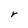
Character: r